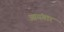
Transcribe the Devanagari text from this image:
आयंगार